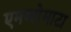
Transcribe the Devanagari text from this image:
एमब्लेमाटा